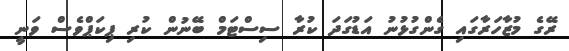
ރޭގެ މުޒާހަރާގައި ގެންގުޅުނު އަޑުގަދަ ކުރާ ސިސްޓަމް ބޭނުން ކުރި ޕިކަޕްވެސް ވަނީ